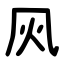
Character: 㶡